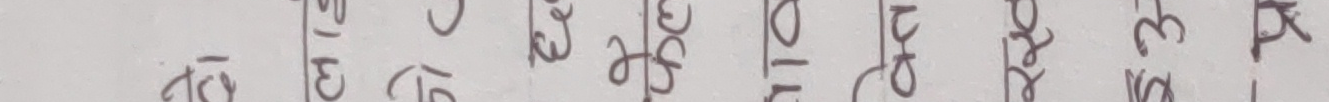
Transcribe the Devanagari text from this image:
हेर्ने बारेमा उल्लेख छ।